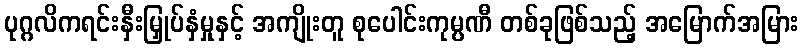
ပုဂ္ဂလိကရင်းနှီးမြှုပ်နှံမှုနှင့် အကျိုးတူ စုပေါင်းကုမ္ပဏီ တစ်ခုဖြစ်သည့် အမြောက်အမြား